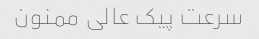
سرعت پیک عالى ممنون